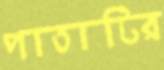
পাতাটির